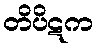
တိပိဋက